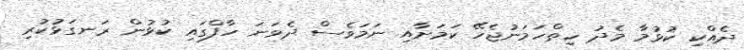
ދެއްކި ކުޅުމާ މެދު ހިތްހަމަނުޖެހޭ ކަމަށާއި ނަމަވެސް ދެވަނަ ހާފްގައި ކުޅުން ރަނގަޅުކުރި